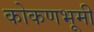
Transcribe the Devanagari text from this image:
कोकणभूमी